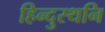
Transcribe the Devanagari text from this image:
हिन्दुस्थनि